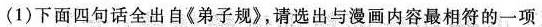
(1)下面四句话全出自《弟子规》，请选出与漫画内容最相符的一项